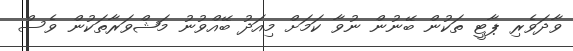
ވާދަވެރި ޕާޓީ ތަކުން ބޭނުން ނުވާ ކަމަށް މިއަދު ބޭއްވުނު މަޝްވަރާތަކުން ވެސް